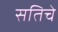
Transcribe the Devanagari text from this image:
सतिचे